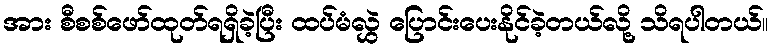
အား စီစစ်ဖော်ထုတ်ရရှိခဲ့ပြီး ထပ်မံလွှဲ ပြောင်းပေးနိုင်ခဲ့တယ်လို့ သိရပါတယ်။